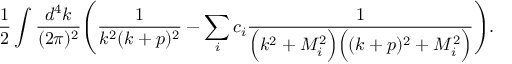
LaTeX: \frac { 1 } { 2 } \int \frac { d ^ { 4 } k } { ( 2 \pi ) ^ { 2 } } \Bigg ( \frac { 1 } { k ^ { 2 } ( k + p ) ^ { 2 } } - \sum _ { i } c _ { i } \frac { 1 } { \Big ( k ^ { 2 } + M _ { i } ^ { 2 } \Big ) \Big ( ( k + p ) ^ { 2 } + M _ { i } ^ { 2 } \Big ) } \Bigg ) .